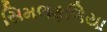
સિમલફળિયા